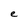
Character: e